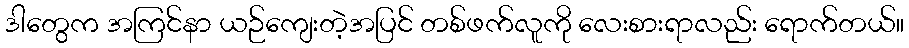
ဒါတွေက အကြင်နာ ယဉ်ကျေးတဲ့အပြင် တစ်ဖက်လူကို လေးစားရာလည်း ရောက်တယ်။